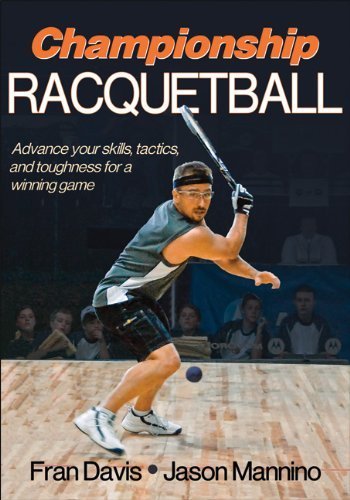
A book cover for Championship Racquetball by Davis, Fran, Mannino, Jason (2011) Paperback; Fran, Mannino, Jason Davis; Sports & Outdoors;